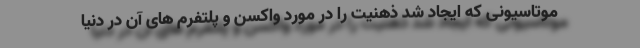
موتاسیونی که ایجاد شد ذهنیت را در مورد واکسن و پلتفرم های آن در دنیا